Indian Medical Review
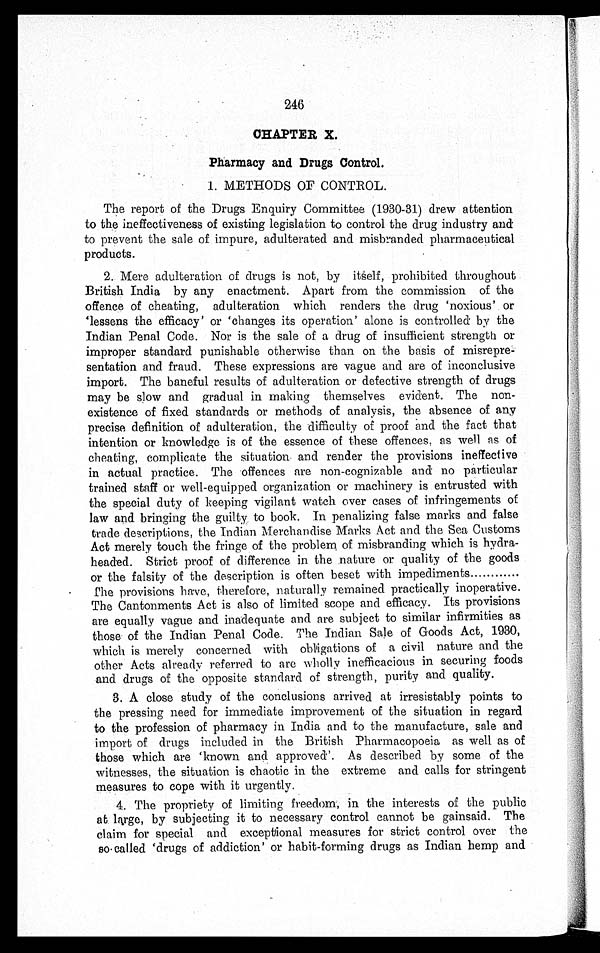
246
CHAPTER X.
Pharmacy and Drugs Control.
1. METHODS OF CONTROL.
The report of the Drugs Enquiry Committee (1930-31) drew attention
to the ineffectiveness of existing legislation to control the drug industry and
to prevent the sale of impure, adulterated and misbranded pharmaceutical
products.
2. Mere adulteration of drugs is not, by itself, prohibited throughout
British India by any enactment. Apart from the commission of the
offence of cheating, adulteration which renders the drug 'noxious' or
lessens the efficacy' or 'changes its operation' alone is controlled by the
Indian Penal Code. Nor is the sale of a drug of insufficient strength or
improper standard punishable otherwise than on the basis of misrepre-
sentation and fraud. These expressions are vague and are of inconclusive
import. The baneful results of adulteration or defective strength of drugs
may be slow and gradual in making themselves evident. The non-
existence of fixed standards or methods of analysis, the absence of any
precise definition of adulteration, the difficulty of proof and the fact that
intention or knowledge is of the essence of these offences, as well as of
cheating, complicate the situation and render the provisions ineffective
in actual practice. The offences are non-cognizable and no particular
trained staff or well-equipped organization or machinery is entrusted with
the special duty of keeping vigilant watch over cases of infringements of
law and bringing the guilty to book. In penalizing false marks and false
trade descriptions, the Indian Merchandise Marks Act and the Sea Customs
Act merely touch the fringe of the problem of misbranding which is hydra-
headed. Strict proof of difference in the nature or quality of the goods
or the falsity of the description is often beset with impediments
the provisions have, therefore, naturally remained practically inoperative.
The Cantonments Act is also of limited scope and efficacy. Its provisions
are equally vague and inadequate and are subject to similar infirmities as
those of the Indian Penal Code. The Indian Sale of Goods Act, 1930,
which is merely concerned with obligations of a civil nature and the
other Acts already referred to are wholly inefficacious in securing foods
and drugs of the opposite standard of strength, purity and quality.
3. A close study of the conclusions arrived at irresistibly points to
the pressing need for immediate improvement of the situation in regard
to the profession of pharmacy in India and to the manufacture, sale and
import of drugs included in the British Pharmacopoeia as well as of
those which are 'known and approved'. As described by some of the
witnesses, the situation is chaotic in the extreme and calls for stringent
measures to cope with it urgently.
4. The propriety of limiting freedom, in the interests of the public
at large, by subjecting it to necessary control cannot be gainsaid. The
claim for special and exceptional measures for strict control over the
so called 'drugs of addiction' or habit-forming drugs as Indian hemp and